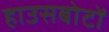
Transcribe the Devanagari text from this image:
हाउसबोटों